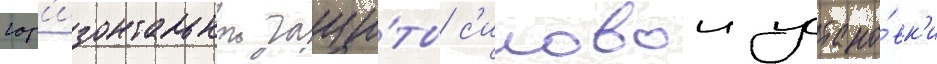
гор'изонтальнои защи́ты с'иловои устано́вк'и